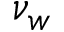
\nu _ { w }